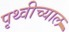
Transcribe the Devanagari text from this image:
पृथ्वीच्याल